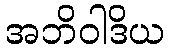
အဘိဝါဒိယ